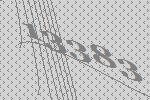
13383